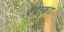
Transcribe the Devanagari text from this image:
वयस्करा